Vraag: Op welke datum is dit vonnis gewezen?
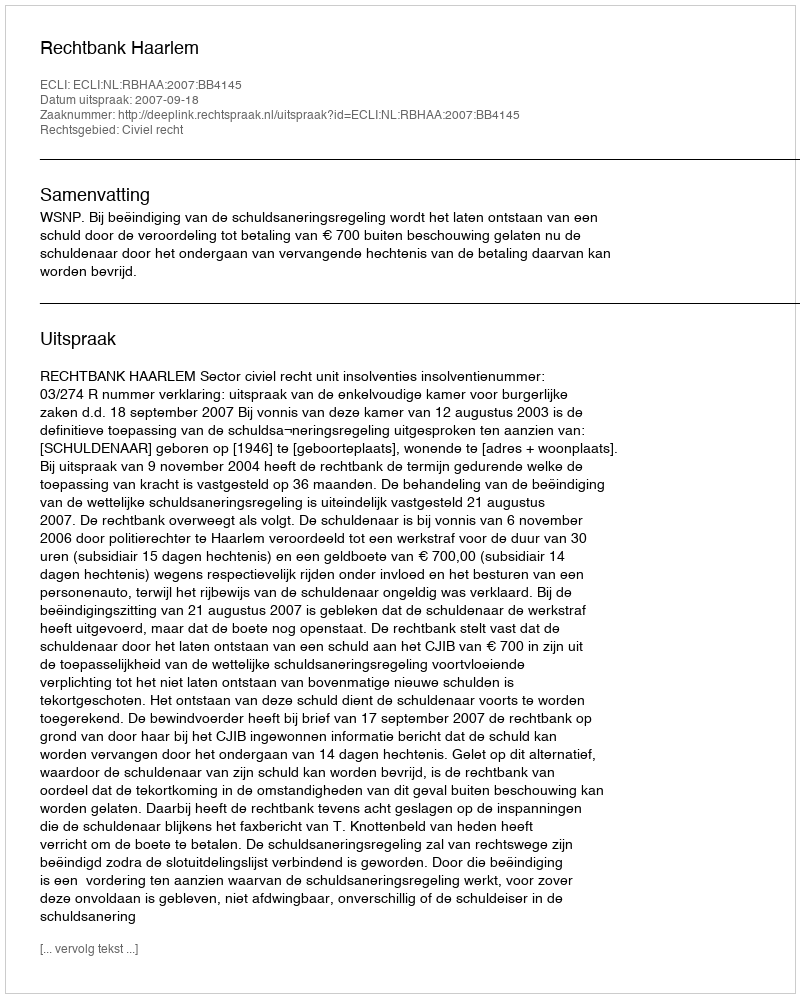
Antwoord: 2007-09-18